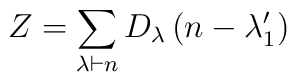
Z = \sum_{\lambda \vdash n} D_{\lambda} \left( n- \lambda_1' \right)